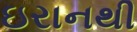
ઇરાનથી